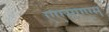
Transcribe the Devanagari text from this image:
एएसएएम